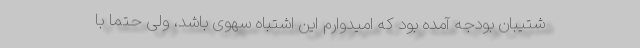
شتیبان بودجه آمده بود که امیدوارم این اشتباه سهوی باشد، ولی حتما با